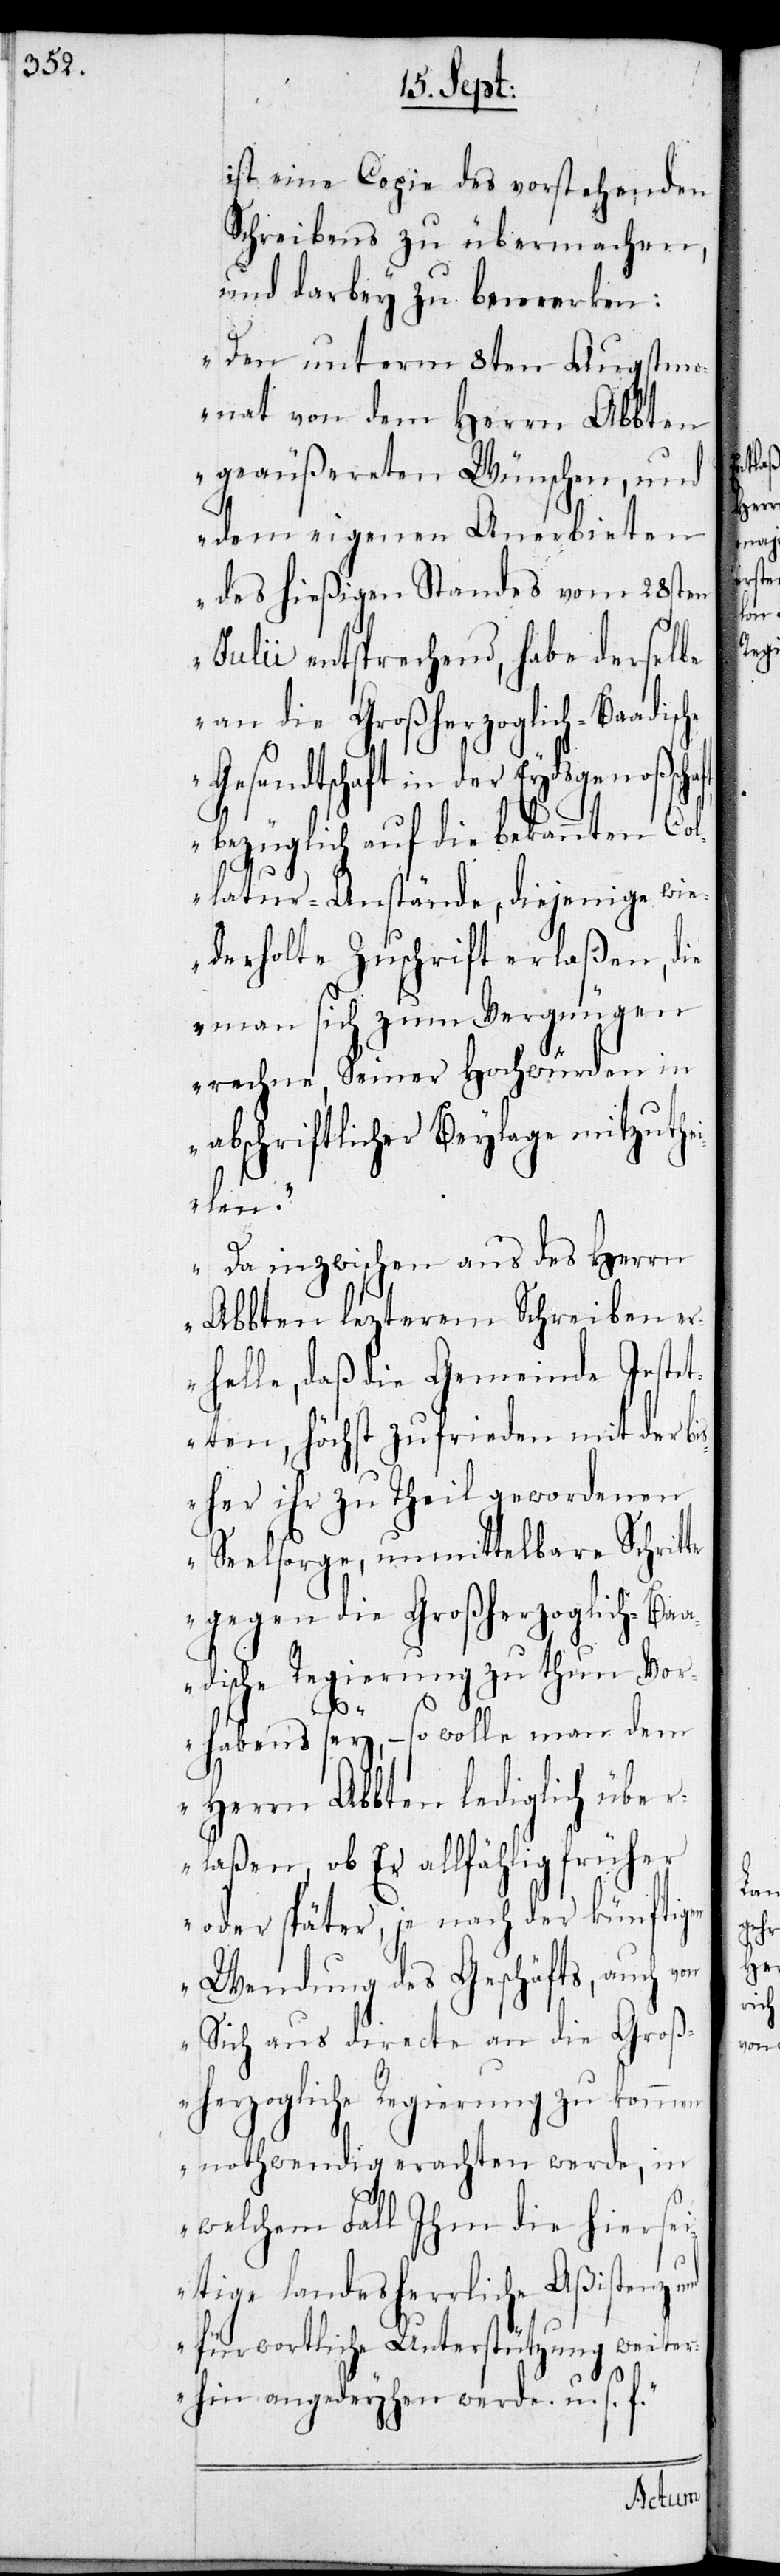
ist eine Copie des vorstehenden
Schreibens zu übermachen,
und darbey zu bemerken:
„Der unterm 8ten Augstm¬
onat von dem Herrn Abbten
geäußereten Wünschen, und
dem eigenen Anerbieten
des hießigen Standes vom 28sten
Julii entsprechend, habe derselbe
an die Großherzoglich-Baadisch¬
Gesandtschaft in der Eydsgenoßscha¬
bezüglich auf die bekannten Col¬
latur-Anstände, diejenige wie¬
derholte Zuschrift erlaßen, die
man sich zum Vergnügen
rechne, Seiner Hochwürden in
abschriftlicher Beylage mitzuthei¬
len.
Da inzwischen aus des Herrn
Abbten lezterem Schreiben e¬
rhelle, daß die Gemeinde Jestet¬
ten, höchst zufrieden mit der bi¬
sher ihr zu Theil gewordenen
Seelsorge, unmittelbare Schrit¬
gegen die Großherzogliche-Ba¬
adische Regierung zu thun Vor¬
te
habens sey, – so wolle man dem
Herrn Abbten lediglich über¬
laßen, ob Er allfählig früher
oder später, je nach der künftigen
Wendung des Geschäfts, auch von
Sich aus directe an die Groß¬
herzogliche Regierung zu kommen
nothwendige erachten werde, in
welchem Fall Ihm die hiersei¬
tige landesherrliche Aßistenz
fürwortliche Unterstützung weiter¬
hin angedeyhen werde u. s. f.“